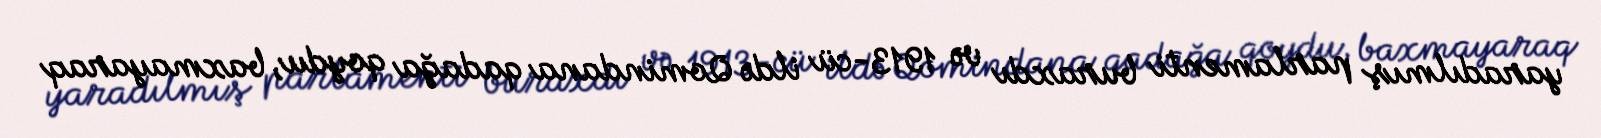
yaradılmış parlamenti buraxdı və 1913-cü ildə Qomindana qadağa qoydu, baxmayaraq